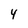
Character: 4